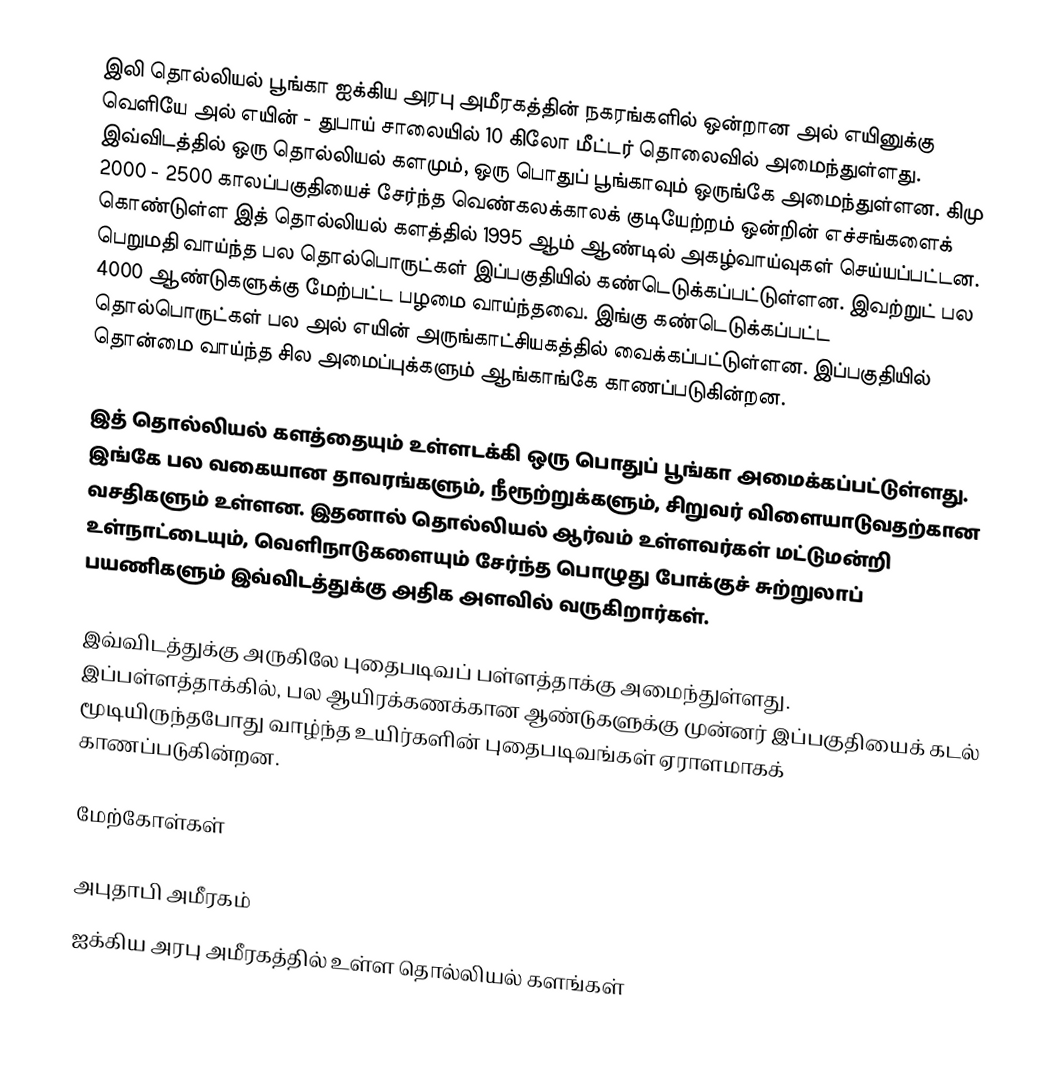
இலி தொல்லியல் பூங்கா ஐக்கிய அரபு அமீரகத்தின் நகரங்களில் ஒன்றான அல் எயினுக்கு வெளியே அல் எயின் - துபாய் சாலையில் 10 கிலோ மீட்டர் தொலைவில் அமைந்துள்ளது. இவ்விடத்தில் ஒரு தொல்லியல் களமும், ஒரு பொதுப் பூங்காவும் ஒருங்கே அமைந்துள்ளன. கிமு 2000 - 2500 காலப்பகுதியைச் சேர்ந்த வெண்கலக்காலக் குடியேற்றம் ஒன்றின் எச்சங்களைக் கொண்டுள்ள இத் தொல்லியல் களத்தில் 1995 ஆம் ஆண்டில் அகழ்வாய்வுகள் செய்யப்பட்டன. பெறுமதி வாய்ந்த பல தொல்பொருட்கள் இப்பகுதியில் கண்டெடுக்கப்பட்டுள்ளன. இவற்றுட் பல 4000 ஆண்டுகளுக்கு மேற்பட்ட பழமை வாய்ந்தவை. இங்கு கண்டெடுக்கப்பட்ட தொல்பொருட்கள் பல அல் எயின் அருங்காட்சியகத்தில் வைக்கப்பட்டுள்ளன.  இப்பகுதியில் தொன்மை வாய்ந்த சில அமைப்புக்களும் ஆங்காங்கே காணப்படுகின்றன.

இத் தொல்லியல் களத்தையும் உள்ளடக்கி ஒரு பொதுப் பூங்கா அமைக்கப்பட்டுள்ளது. இங்கே பல வகையான தாவரங்களும், நீரூற்றுக்களும், சிறுவர் விளையாடுவதற்கான வசதிகளும் உள்ளன. இதனால் தொல்லியல் ஆர்வம் உள்ளவர்கள் மட்டுமன்றி உள்நாட்டையும், வெளிநாடுகளையும் சேர்ந்த பொழுது போக்குச் சுற்றுலாப் பயணிகளும் இவ்விடத்துக்கு அதிக அளவில் வருகிறார்கள்.

இவ்விடத்துக்கு அருகிலே புதைபடிவப் பள்ளத்தாக்கு அமைந்துள்ளது. இப்பள்ளத்தாக்கில், பல ஆயிரக்கணக்கான ஆண்டுகளுக்கு முன்னர் இப்பகுதியைக் கடல் மூடியிருந்தபோது வாழ்ந்த உயிர்களின் புதைபடிவங்கள் ஏராளமாகக் காணப்படுகின்றன.

மேற்கோள்கள்

அபுதாபி அமீரகம்
ஐக்கிய அரபு அமீரகத்தில் உள்ள தொல்லியல் களங்கள்